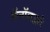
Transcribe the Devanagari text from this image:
कॅनॉलद्वारे